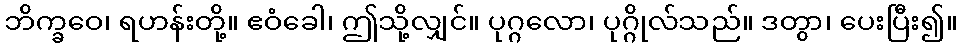
ဘိက္ခဝေ၊ ရဟန်းတို့။ ဧဝံခေါ၊ ဤသို့လျှင်။ ပုဂ္ဂလော၊ ပုဂ္ဂိုလ်သည်။ ဒတွာ၊ ပေးပြီး၍။